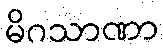
မိဂသာဏာ